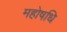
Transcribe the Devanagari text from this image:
महोषधि